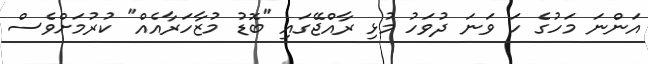
އަންނަ މަހުގެ ހަ ވަނަ ދުވަހު މުޅި ރާއްޖޭގައި "ބޮޑު މުޒާހަރާއެއް" ކުރުމަށްވެސް